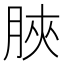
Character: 脥